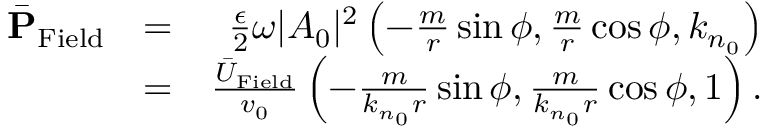
\begin{array} { r l r } { \bar { \bf P } _ { \mathrm { F i e l d } } } & { = } & { \frac { \epsilon } { 2 } \omega | A _ { 0 } | ^ { 2 } \left( - \frac { m } { r } \sin \phi , \frac { m } { r } \cos \phi , k _ { n _ { 0 } } \right) } \\ & { = } & { \frac { \bar { U } _ { \mathrm { F i e l d } } } { v _ { 0 } } \left( - \frac { m } { k _ { n _ { 0 } } r } \sin \phi , \frac { m } { k _ { n _ { 0 } } r } \cos \phi , 1 \right) . } \end{array}